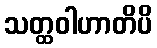
သတ္ထဝါဟာတိပိ